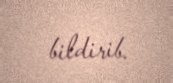
bildirib.